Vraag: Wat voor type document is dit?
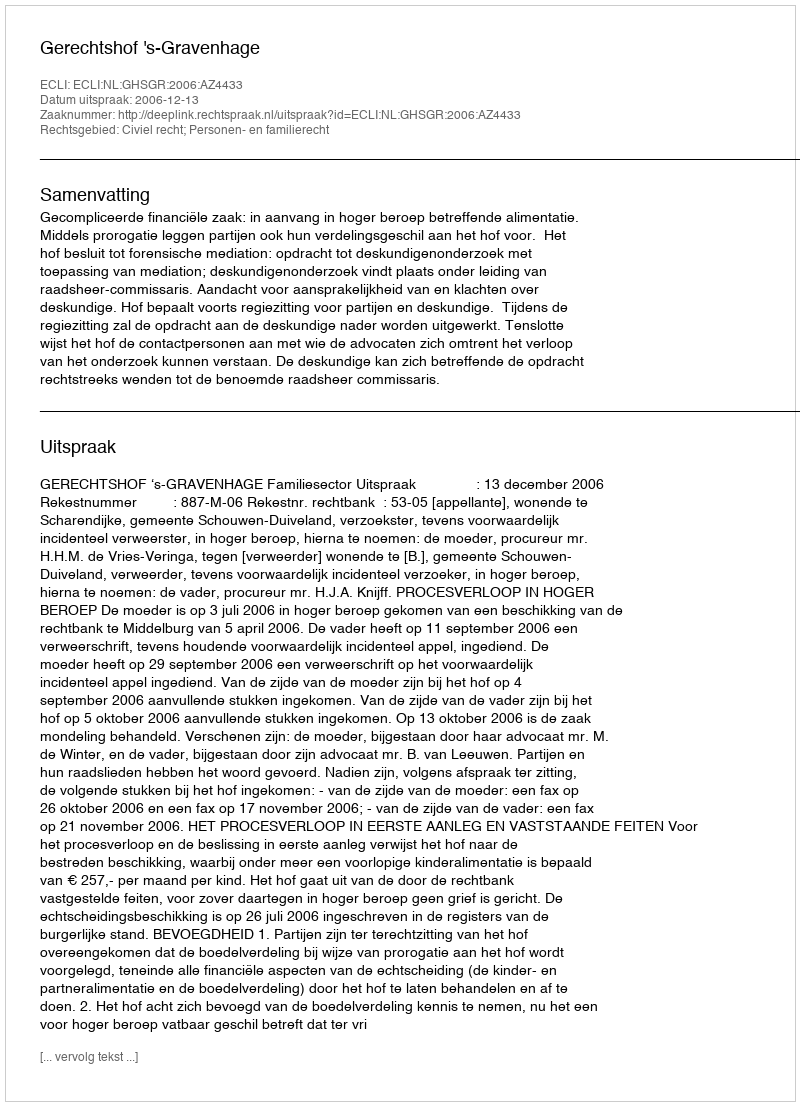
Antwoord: Uitspraak